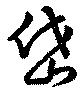
岱